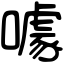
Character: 噱